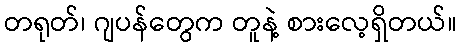
တရုတ်၊ ဂျပန်တွေက တူနဲ့ စားလေ့ရှိတယ်။